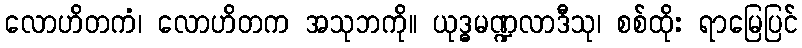
လောဟိတကံ၊ လောဟိတက အသုဘကို။ ယုဒ္ဓမဏ္ဍလာဒီသု၊ စစ်ထိုး ရာမြေပြင်